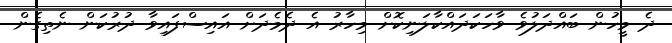
ދެ މީހުން ބައްދަލުވެ ވާހަކަދައްކާލަނިކޮށް މިހާރު އެ ދެމެދަށް އައިސްފައިވާ ދުރުކަން ނެތިގެން